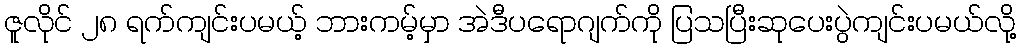
ဇူလိုင် ၂၈ ရက်ကျင်းပမယ့် ဘားကမ့်မှာ အဲဒီပရောဂျက်ကို ပြသပြီးဆုပေးပွဲကျင်းပမယ်လို့